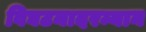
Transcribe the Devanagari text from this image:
विघटनादरम्यान